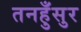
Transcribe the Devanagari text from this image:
तनहुँसुर